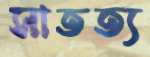
সাতত্য